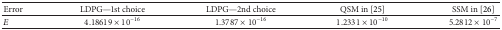
| Error | LDPG—1st choice | LDPG—2nd choice | QSM in [25] | SSM in [26] |
 | --- | --- | --- | --- | --- |
 | E | 4.18619 × 10−16 | 1.3787 × 10−16 | 1.2331 × 10−10 | 5.2812 × 10−7 |